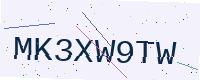
Text: MK3XW9TW